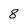
Character: 8